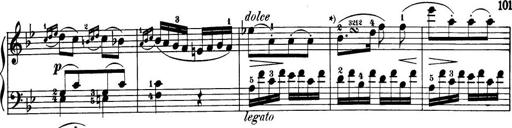
Title: 32 Sonatinas and Rondos for the Piano
Composer: Richard Kleinmichel